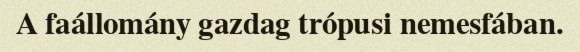
A faállomány gazdag trópusi nemesfában.